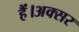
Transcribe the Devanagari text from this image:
हैं।अक्सर